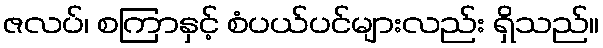
ဇလပ်၊ စကြာနှင့် စံပယ်ပင်များလည်း ရှိသည်။